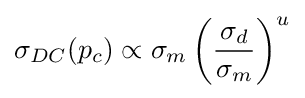
\sigma _{DC}(p_{c})\propto \sigma _{m}\left({\frac {\sigma _{d}}{\sigma _{m}}}\right)^{u}